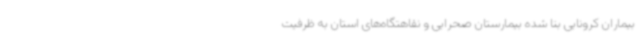
بیماران کرونایی بنا شده بیمارستان صحرایی و نقاهتگاه‌های استان به ظرفیت